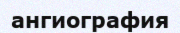
ангиография